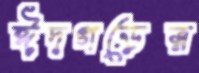
ঈদগড়ের